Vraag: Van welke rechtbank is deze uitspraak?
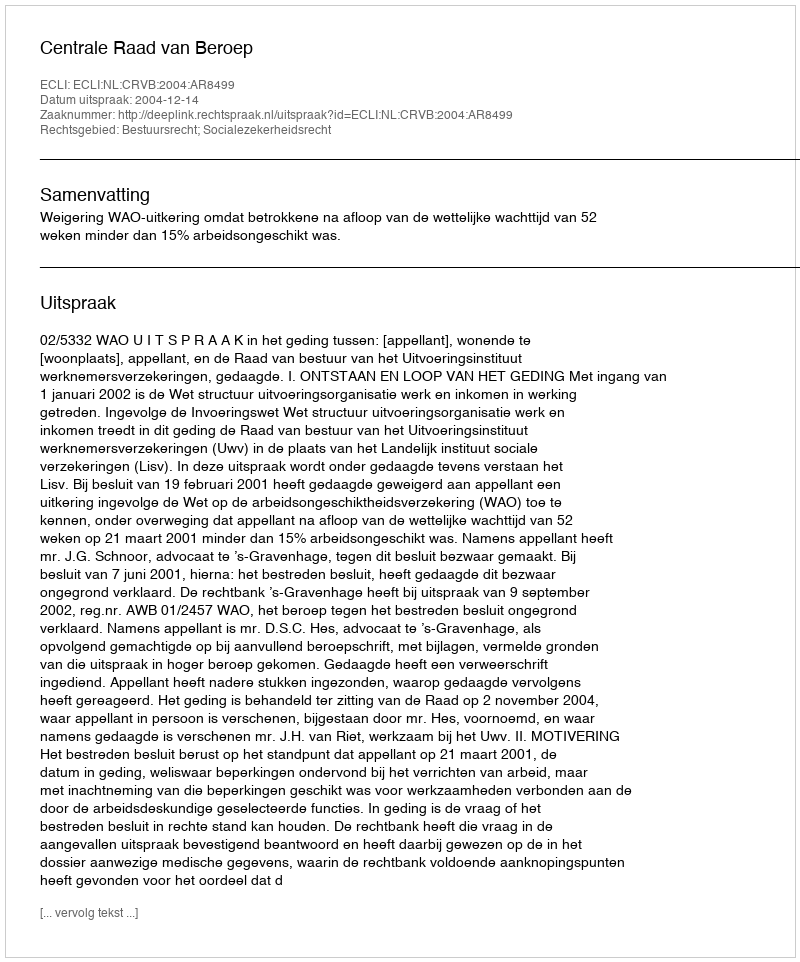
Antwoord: Centrale Raad van Beroep